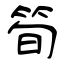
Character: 筍